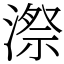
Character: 漈